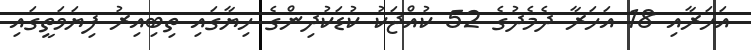
އަހަރާއި 18 އަހަރާ ދެމެދުގެ 52 ކުއްޖަކު ކުޑަކުދިންގެ ހިޔާގައި ތިބިއިރު ފިޔަވަތީގައި